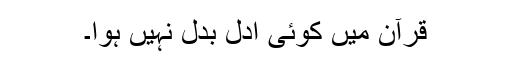
قرآن میں کوئی ادل بدل نہیں ہوا۔